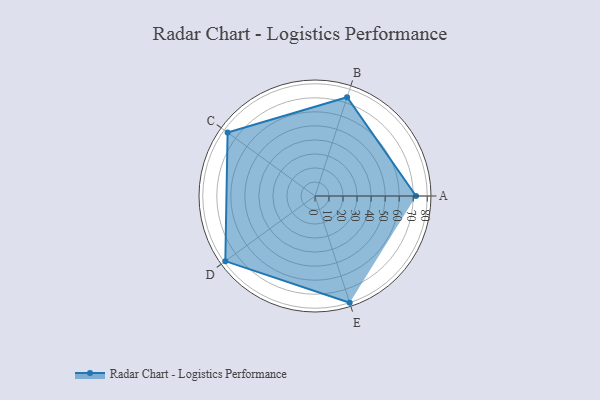
{"axis": {"x": "Skill", "y": "Score"}, "legend": ["Profile"], "data": [{"x": "A", "y": 72.0, "type": "Profile"}, {"x": "B", "y": 74.0, "type": "Profile"}, {"x": "C", "y": 77.0, "type": "Profile"}, {"x": "D", "y": 79.0, "type": "Profile"}, {"x": "E", "y": 80.0, "type": "Profile"}]}